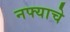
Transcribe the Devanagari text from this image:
नफ्याचे